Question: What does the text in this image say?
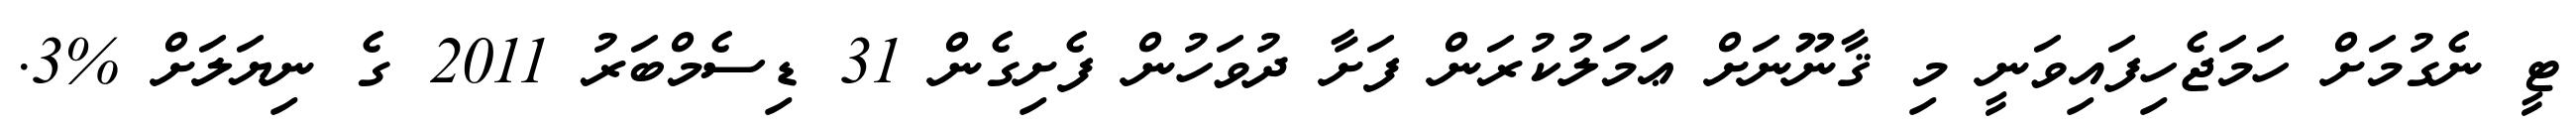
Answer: ޓީ ނެގުމަށް ހަމަޖެހިފައިވަނީ މި ޤާނޫނަށް ޢަމަލުކުރަން ފަށާ ދުވަހުން ފެށިގެން 31 ޑިސެމްބަރު 2011 ގެ ނިޔަލަށް %3.